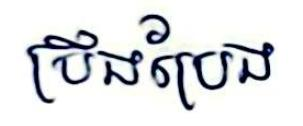
ប្រឹងប្រែង